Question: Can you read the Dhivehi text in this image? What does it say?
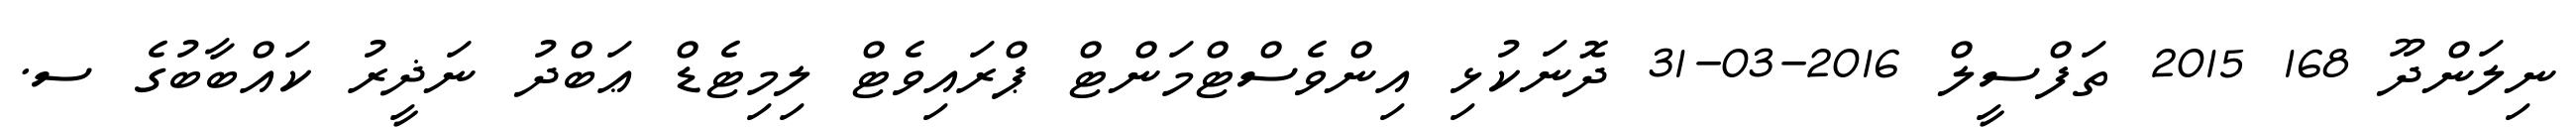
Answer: ނިލަންދޫ 168 2015 ތަފްސީލް 2016-03-31 ދޮނަކުޅި އިންވެސްޓްމަންޓް ޕްރައިވެޓް ލިމިޓެޑް ޢަބްދު ނަޛީރު ކައްބާބުގެ ސ.